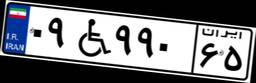
۰۹W۹۹۰۶۵